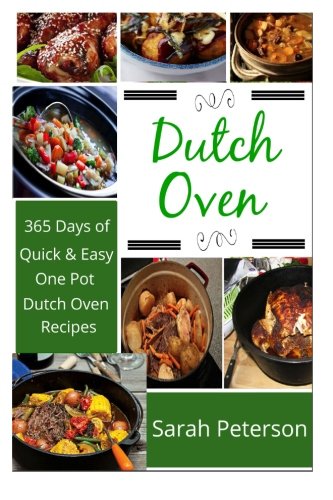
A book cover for Dutch Oven:  365 Days of Quick & Easy, One Pot, Dutch Oven Recipes; Sarah Peterson; Cookbooks, Food & Wine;